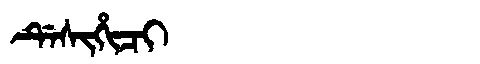
Manchu: ᡩᡝᠰᡳᡥᡳᠴᡳ
Romanization: DESIHICI